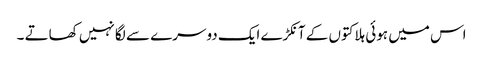
اس میں ہوئی ہلاکتوں کے آنکڑے ایک دوسرے سے لگا نہیں کھاتے ۔